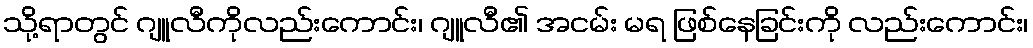
သို့ရာတွင် ဂျူလီကိုလည်းကောင်း၊ ဂျူလီ၏ အငမ်း မရ ဖြစ်နေခြင်းကို လည်းကောင်း၊